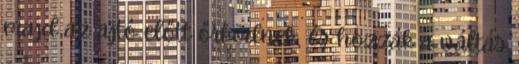
majd az ajtó előtt őrködnek, és hozzák a váltás